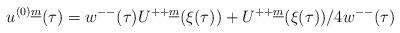
LaTeX: \begin{align*}u^{(0) \underline{m}}(\tau) =w^{--}(\tau ) U^{++ \underline{m}} (\xi (\tau ))+U^{++ \underline{m}} (\xi(\tau ))/ 4 w^{--}(\tau )\end{align*}